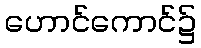
ဟောင်ကောင်၌